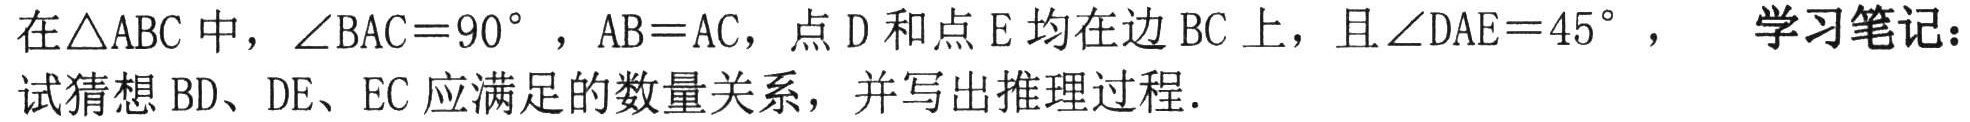
在\(\triangle ABC\)中，\(\angle BAC = 90^{\circ}\)，\(AB = AC\)，点\(D\)和点\(E\)均在边\(BC\)上，且\(\angle DAE = 45^{\circ}\)， 学习笔记：试猜想\(BD\)、\(DE\)、\(EC\)应满足的数量关系，并写出推理过程.